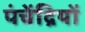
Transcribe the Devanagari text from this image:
पंचेंद्रियों